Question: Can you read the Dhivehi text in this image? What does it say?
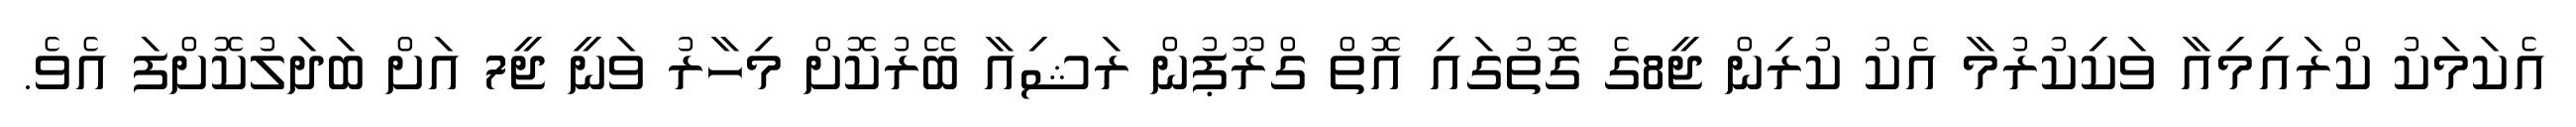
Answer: އެކަމަކު ކްރައިމިއާ ވަކިކުރުމާ އެކު ކުރިން ޖީ8ގެ ގޮތުގައި އޮތް ގްރޫޕުން ރަޝިއާ ބޭރުކޮށް މިހާރު ވަނީ ޖީ7 އަށް ބަދަލުކޮށްފަ އެވެ.